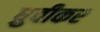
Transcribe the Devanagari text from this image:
ध्रुवीकर